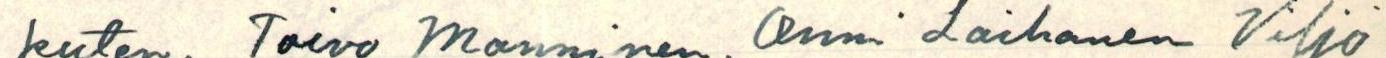
kuten, Toivo Manninen, Onni Laihanen Viljo